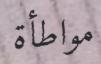
مواطأة